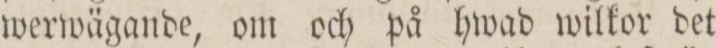
werwägande, om och på hwad wilkor det